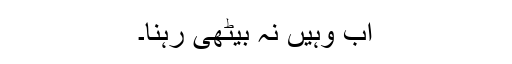
اب وہیں نہ بیٹھی رہنا۔